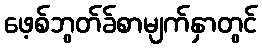
ဖေ့စ်ဘွတ်ခ်စာမျက်နှာတွင်